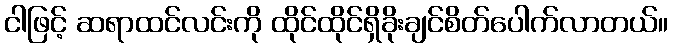
ငါဖြင့် ဆရာထင်လင်းကို ထိုင်ထိုင်ရှိခိုးချင်စိတ်ပေါက်လာတယ်။